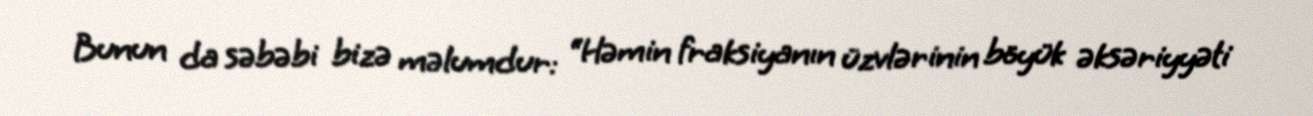
Bunun da səbəbi bizə məlumdur: “Həmin fraksiyanın üzvlərinin böyük əksəriyyəti